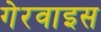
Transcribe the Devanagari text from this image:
गेरवाइस